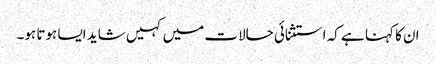
ان کا کہنا ہے کہ استثنائی حالات میں کہیں شاید ایسا ہوتا ہو۔